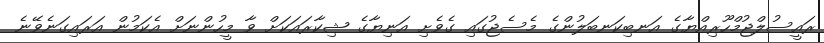
ރައީސުލްޖުމްހޫރިއްޔާގެ އަނބިކަނބަލުންގެ މެސެޖުގައި ގެވެށި އަނިޔާގެ ޝިކާރައަކަށް ވާ މީހުންނަށް އެކަމުން އަރައިގަނެވޭނެ